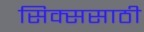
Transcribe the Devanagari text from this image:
सिक्ससाठी